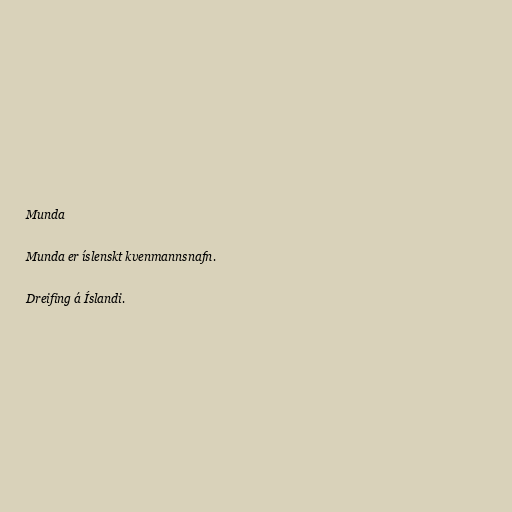
Munda

Munda er íslenskt kvenmannsnafn.

Dreifing á Íslandi.